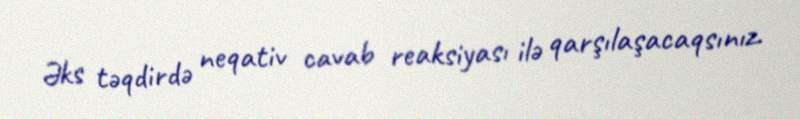
Əks təqdirdə neqativ cavab reaksiyası ilə qarşılaşacaqsınız.